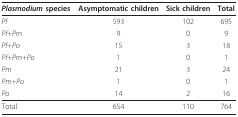
<table><thead><tr><td><b><i>Plasmodium </i>species</b></td><td><b>Asymptomatic children</b></td><td><b>Sick children</b></td><td><b>Total</b></td></tr></thead><tbody><tr><td><i>Pf</i></td><td>593</td><td>102</td><td>695</td></tr><tr><td><i>Pf+Pm</i></td><td>9</td><td>0</td><td>9</td></tr><tr><td><i>Pf+Po</i></td><td>15</td><td>3</td><td>18</td></tr><tr><td><i>Pf+Pm+Po</i></td><td>1</td><td>0</td><td>1</td></tr><tr><td><i>Pm</i></td><td>21</td><td>3</td><td>24</td></tr><tr><td><i>Pm+Po</i></td><td>1</td><td>0</td><td>1</td></tr><tr><td><i>Po</i></td><td>14</td><td>2</td><td>16</td></tr><tr><td>Total</td><td>654</td><td>110</td><td>764</td></tr></tbody></table>